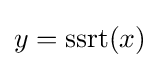
y=\mathrm {ssrt} (x)